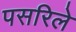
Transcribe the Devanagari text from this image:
पसरिले